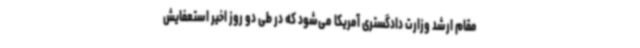
مقام ارشد وزارت دادگستری آمریکا می‌شود که در طی دو روز اخیر استعفایش